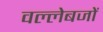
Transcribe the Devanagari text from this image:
वल्लेबजों